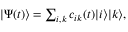
\begin{array} { r } { | \Psi ( t ) \rangle = \sum _ { i , k } c _ { i k } ( t ) | i \rangle | k \rangle , } \end{array}